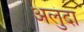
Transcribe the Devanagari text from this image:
अलुंदा